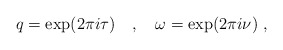
\begin{align*}q = \exp ( 2 \pi i \tau ) ~~~ , ~~~ \omega = \exp ( 2 \pi i \nu ) ~,\end{align*}